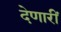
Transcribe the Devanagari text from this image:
देणारीं